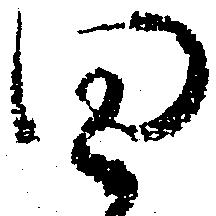
思